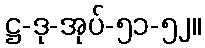
ဋ္ဌ-ဒု-အုပ်-၅၁-၅၂။